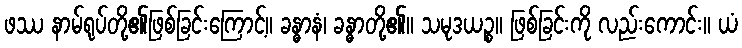
ဖဿ နာမ်ရုပ်တို့၏ဖြစ်ခြင်းကြောင့်။ ခန္ဓာနံ၊ ခန္ဓာတို့၏။ သမုဒယဉ္စ။ ဖြစ်ခြင်းကို လည်းကောင်း။ ယံ